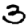
Digit: 3